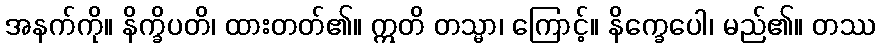
အနက်ကို။ နိက္ခိပတိ၊ ထားတတ်၏။ ဣတိ တသ္မာ၊ ကြောင့်။ နိက္ခေပေါ၊ မည်၏။ တဿ